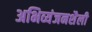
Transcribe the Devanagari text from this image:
अभिव्यंजनशैली